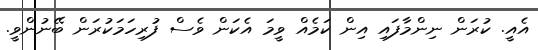
އެއީ. ކުރަން ނިންމާފައި އިން ކަމެއް ވީމަ އެކަން ވެސް ފުރިހަމަކުރަން ބޭނުންވީ.